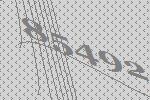
85492